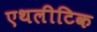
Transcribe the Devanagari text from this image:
एथलीटिक